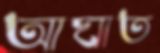
আঘাত